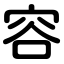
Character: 容